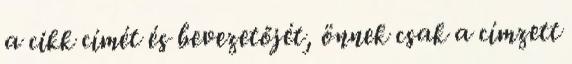
a cikk címét és bevezetőjét, önnek csak a címzett